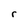
Character: r